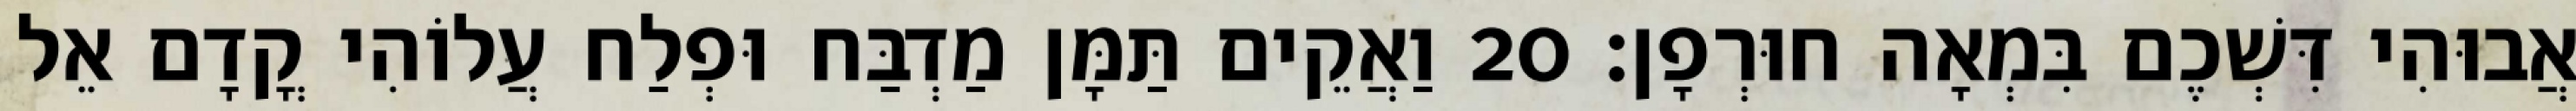
אֲבוּהִי דִּשְׁכֶם בִּמְאָה חוּרְפָן׃ 20 וַאֲקֵים תַּמָּן מַדְבַּח וּפְלַח עֲלוֹהִי קֳדָם אֵל